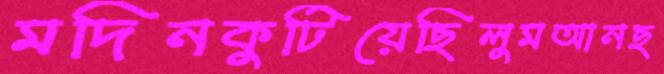
মদিনকুটিয়েছিলুমআনছ